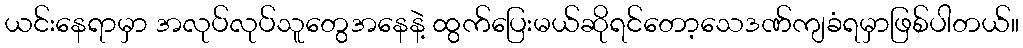
ယင်းနေရာမှာ အလုပ်လုပ်သူတွေအနေနဲ့ ထွက်ပြေးမယ်ဆိုရင်တော့သေဒဏ်ကျခံရမှာဖြစ်ပါတယ်။